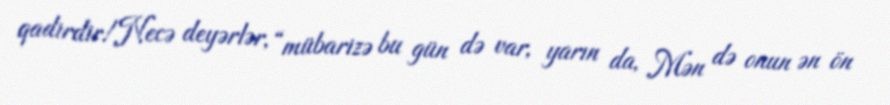
qadirdir!Necə deyərlər, “mübarizə bu gün də var, yarın da, Mən də onun ən ön